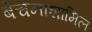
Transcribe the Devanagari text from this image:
बेचनाशामिल